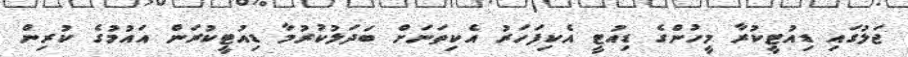
ޖަލުގައި ޑިއުޓީކުރާ މީހުންގެ ޑިއުޓީ އެކިފަހަރު އެކިތަނަށް ބަދަލުކުރުމާ ޑިއުޓީކުރަން އައުމުގެ ކުރިން